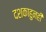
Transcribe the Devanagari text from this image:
दशकाहुनही